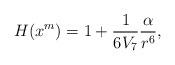
LaTeX: \begin{align*}H(x^m) = 1 + \frac{1}{6 V_{7}} \frac{\alpha}{r^6},\end{align*}